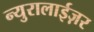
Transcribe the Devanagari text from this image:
न्युरालाईज़र